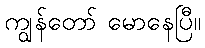
ကျွန်တော် မောနေပြီ။